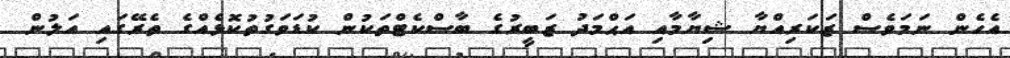
އެހެން ނަމަވެސް ޒަކަރިއްޔާ ޝިޔާމާއި އަޙްމަދު ޒަބީރުގެ ބާސްކެޓްތަކުން ކުޑަވަގުތުކޮޅެއްގެ ތެރޭގައި އަލުން